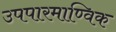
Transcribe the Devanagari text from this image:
उपपारमाण्विक